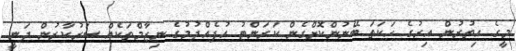
މީގެ އިތުރުން އިރުގެ ހަކަތަ ބޭނުންކޮށްގެން ކަރަންޓު އުފެއްދުމުގެ ނިޒާމްތަކެއް ސަރުކާރުން ދަނީ